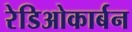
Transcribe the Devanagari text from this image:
रेडिओकार्बन